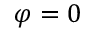
\varphi = 0